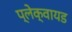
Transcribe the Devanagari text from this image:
प्लेक्वायड